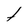
Character: t